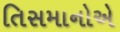
તિસમાનોએ